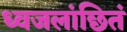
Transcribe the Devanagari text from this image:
ध्वजलांछितं